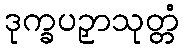
ဒုက္ခပဉှာသုတ္တံ